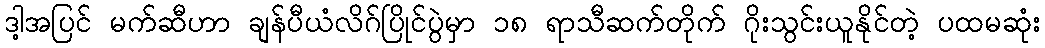
ဒါ့အပြင် မက်ဆီဟာ ချန်ပီယံလိဂ်ပြိုင်ပွဲမှာ ၁၈ ရာသီဆက်တိုက် ဂိုးသွင်းယူနိုင်တဲ့ ပထမဆုံး